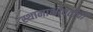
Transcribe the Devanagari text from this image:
स्थानाभोवतीची